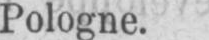
Pologne.